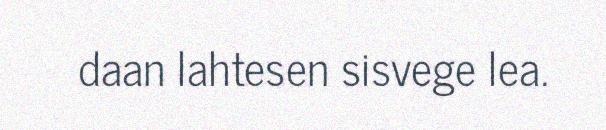
daan lahtesen sisvege lea.